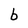
Character: b